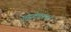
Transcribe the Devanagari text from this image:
अझ्टेकांवर